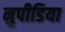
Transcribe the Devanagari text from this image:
नुपीडिया